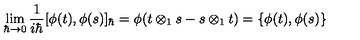
\lim _ { \hbar \to 0 } \frac { 1 } { i \hbar } [ \phi ( t ) , \phi ( s ) ] _ { \hbar } = \phi ( t \otimes _ { 1 } s - s \otimes _ { 1 } t ) = \{ \phi ( t ) , \phi ( s ) \}